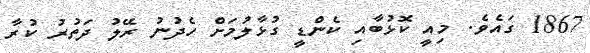
1867 ގައެވެ. މިއީ ކޮޅުބާއި ކެންޑީ ގުޅާލުމަށް ހެދުނު ރޭލު ދަތުރު ކުރާ